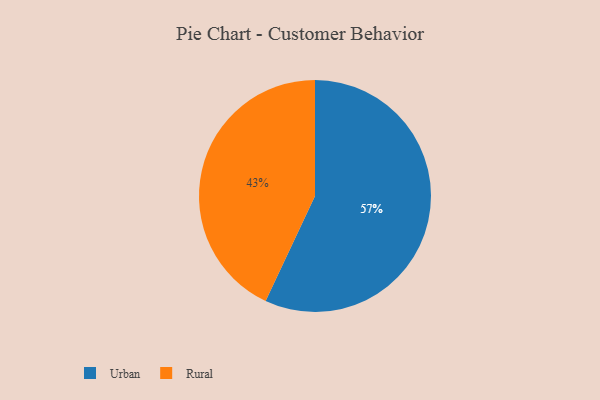
{"axis": {"x": "Category", "y": "Percentage"}, "legend": ["Rural", "Urban"], "data": [{"x": "Urban", "y": 57, "type": "Urban"}, {"x": "Rural", "y": 43, "type": "Rural"}]}